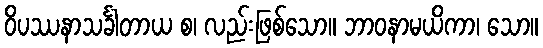
ဝိပဿနာသင်္ခါတာယ စ၊ လည်းဖြစ်သော။ ဘာဝနာမယိကာ၊ သော။